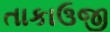
તાકાઉજી